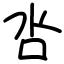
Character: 呇